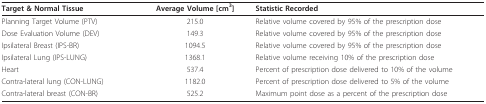
<table><thead><tr><td><b>Target &amp; Normal Tissue</b></td><td><b>Average Volume [cm<sup>3</sup>]</b></td><td><b>Statistic Recorded</b></td></tr></thead><tbody><tr><td>Planning Target Volume (PTV)</td><td>215.0</td><td>Relative volume covered by 95% of the prescription dose</td></tr><tr><td>Dose Evaluation Volume (DEV)</td><td>149.3</td><td>Relative volume covered by 95% of the prescription dose</td></tr><tr><td>Ipsilateral Breast (IPS-BR)</td><td>1094.5</td><td>Relative volume covered by 95% of the prescription dose</td></tr><tr><td>Ipsilateral Lung (IPS-LUNG)</td><td>1368.1</td><td>Relative volume receiving 10% of the prescription dose</td></tr><tr><td>Heart</td><td>537.4</td><td>Percent of prescription dose delivered to 10% of the volume</td></tr><tr><td>Contra-lateral lung (CON-LUNG)</td><td>1182.0</td><td>Percent of prescription dose delivered to 5% of the volume</td></tr><tr><td>Contra-lateral breast (CON-BR)</td><td>525.2</td><td>Maximum point dose as a percent of the prescription dose</td></tr></tbody></table>